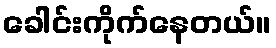
ခေါင်းကိုက်နေတယ်။